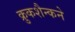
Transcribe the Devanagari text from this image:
क्रुकशैन्कने